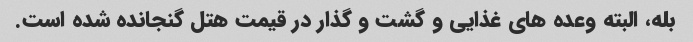
بله، البته وعده های غذایی و گشت و گذار در قیمت هتل گنجانده شده است.